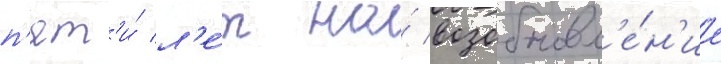
п'ят'и́ л'е́т на́ возобновл'е́н'ие